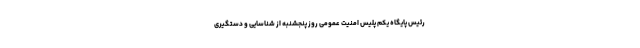
رئیس پایگاه یکم پلیس امنیت عمومی روز پنجشنبه از شناسایی و دستگیری